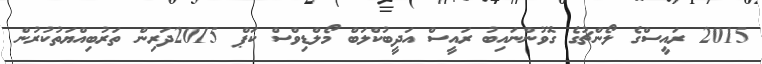
2015 ރައީސްގެ ލޯންޗުގެ ގޮވުންނައިބު ރައީސް އަދީބުކްލަބް މޯލްޑިވްސް ކަޕް 2015ދަރިން ތަރުބިއްޔަތުކުރުން